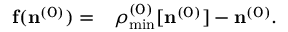
\begin{array} { r l } { { \bf f } ( { \bf n } ^ { ( 0 ) } ) = } & { { } { \boldsymbol \rho } _ { \mathrm { m i n } } ^ { ( 0 ) } [ { \bf n } ^ { ( 0 ) } ] - { \bf n } ^ { ( 0 ) } . } \end{array}